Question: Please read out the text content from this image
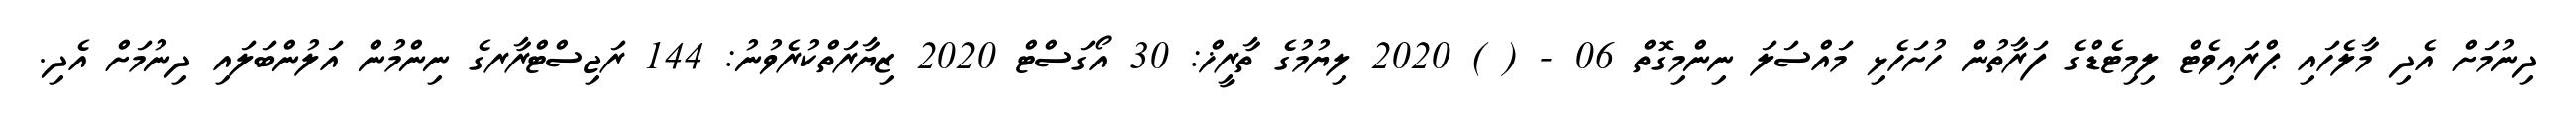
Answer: ދިނުމަށް އެދި މާލެހައި ޕްރައިވެޓް ލިމިޓެޑްގެ ފަރާތުން ހުށަހެޅި މައްސަލަ ނިންމިގޮތް 06 - ( ) 2020 ލިޔުމުގެ ތާރީޚް: 30 އޯގަސްޓް 2020 ޒިޔާރަތްކުރެވުނު: 144 ރަޖިސްޓްރާރގެ ނިންމުން އަލުންބަލައި ދިނުމަށް އެދި.